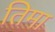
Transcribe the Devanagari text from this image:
तिमा